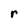
Character: r